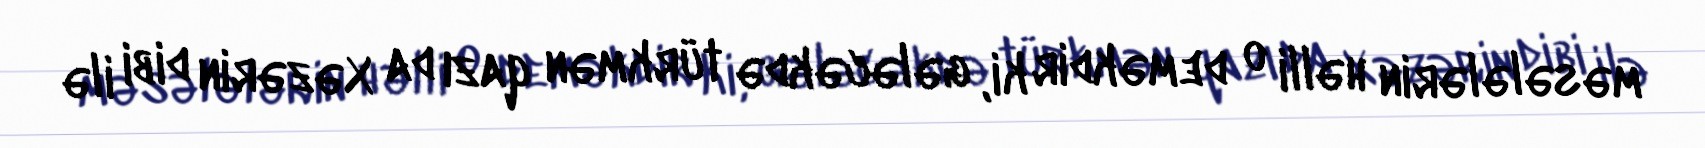
məsələlərin həlli o deməkdir ki, gələcəkdə türkmən qazı da Xəzərin dibi ilə